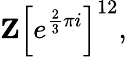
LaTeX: \mathbf{Z}\left[e^{{\frac{2}{3}}\pi i}\right]^{12},